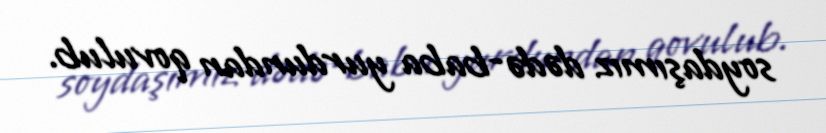
soydaşımız dədə-baba yurdundan qovulub.